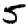
Digit: 5